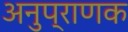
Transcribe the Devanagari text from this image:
अनुप्राणक